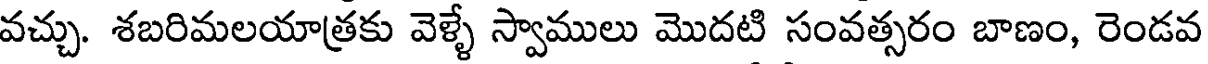
వచ్చు. శబరిమలయాత్రకు వెళ్ళే స్వాములు మొదటి సంవత్సరం బాణం, రెండవ